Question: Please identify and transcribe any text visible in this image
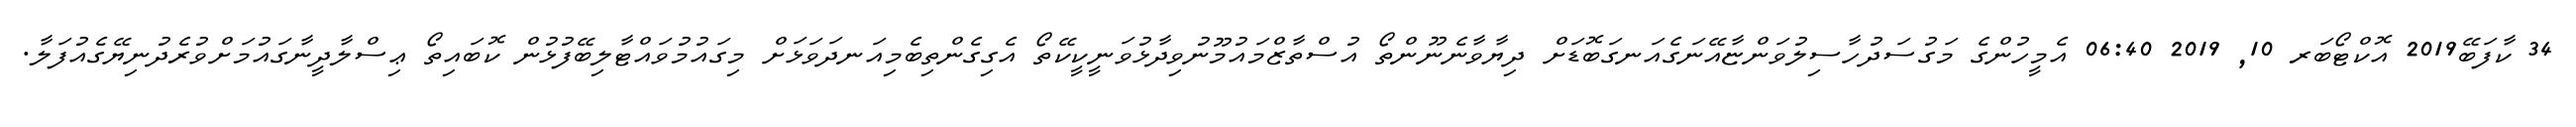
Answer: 34 ކާފަބޭ2019 އޮކްޓޯބަރ 10, 2019 06:40 އެމީހުންގެ މަގުސަދުހާސިލުވަންޏާއޭނަގެއަނގަބޮޑަށް ދިޔާވާނެނޫންތޯ އުސްތާޒްމައުމޫނުވިދާޅުވަނީކީކޭތޯ އެގިގެންތިބެމިއަނދަވަޅަށް މިގައުމުވައްޓާލިބޭފުޅުން ކޮބައިތޯ ޢިސްލާދީނާގައުމަށްވުރެދުނިޔޭގެއުފަލާ.